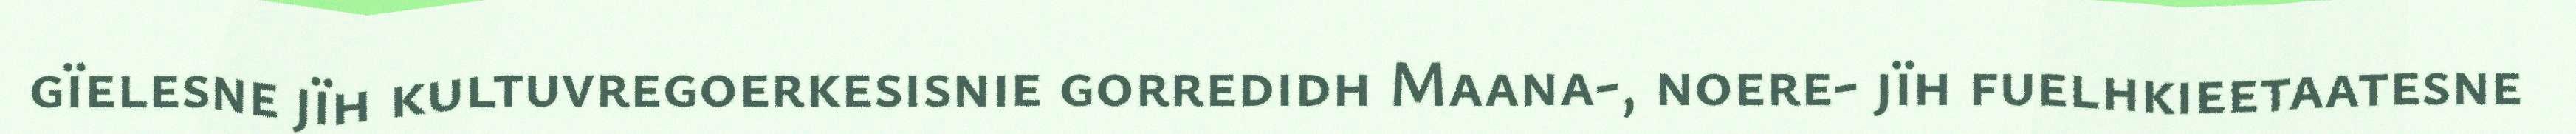
gïelesne jïh kultuvregoerkesisnie gorredidh Maana-, noere- jïh fuelhkieetaatesne